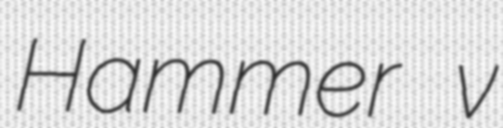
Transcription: Hammer v